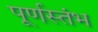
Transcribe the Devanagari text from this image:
पूर्णस्तंभ